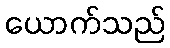
ယောက်သည်